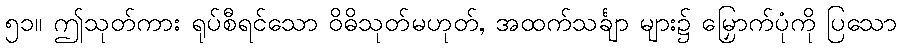
၅၁။ ဤသုတ်ကား ရုပ်စီရင်သော ဝိဓိသုတ်မဟုတ်, အထက်သင်္ချာ များ၌ မြှောက်ပုံကို ပြသော